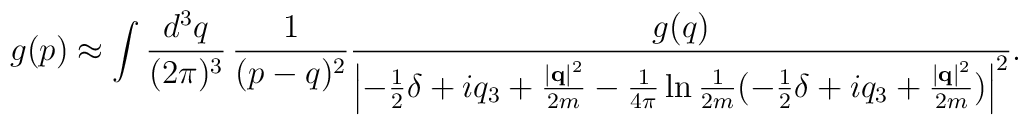
g(p) \approx \int \frac{d^3q}{(2\pi)^3}\,     \frac{1}{(p - q)^2}      \frac{g(q)}{ \left|-\frac{1}{2}\delta+     iq_3 + \frac{\left|{\bf q}\right|^2}{2m} -      \frac{1}{4\pi} \ln \frac{1}{2m}     (-\frac{1}{2}\delta+iq_3+\frac{\left|{\bf q}\right|^2}{2m})                      \right|^2 }.